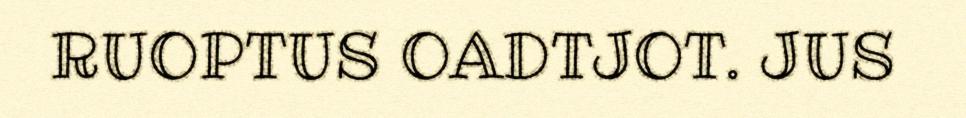
RUOPTUS OADTJOT. JUS